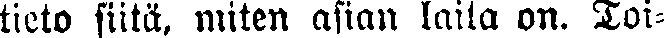
tieto siitä, miten asian laita on. Toi-